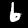
Label: 6